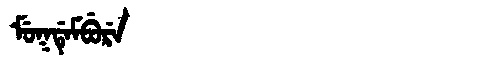
Manchu: ᠮᡠᡴᡩᡝᠮᠪᡠᡵᡝ
Romanization: MUKDEMBURE